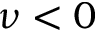
\nu < 0